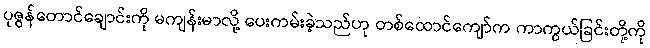
ပုဇွန်တောင်ချောင်းကို မကျန်းမာလို့ ပေးကမ်းခဲ့သည်ဟု တစ်ထောင်ကျော်က ကာကွယ်ခြင်းတို့ကို